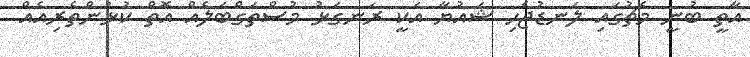
އާތީ ބުނީ މެޗުގައި ލަނޑުޖެހި ޝައުޔާ އަކީ ރަނގަޅު މުސްތަގްބަލެއް އޮތް ކުޅުންތެރިއެއް